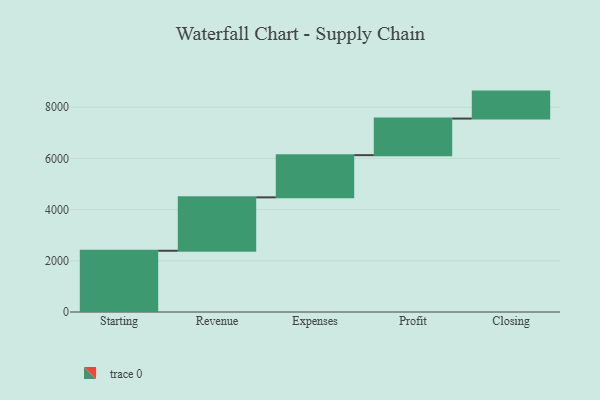
{"axis": {"x": "Step", "y": "Value"}, "legend": [""], "data": [{"x": "Starting", "y": 2393.0, "type": ""}, {"x": "Revenue", "y": 2087.0, "type": ""}, {"x": "Expenses", "y": 1649.0, "type": ""}, {"x": "Profit", "y": 1429.0, "type": ""}, {"x": "Closing", "y": 1054.0, "type": ""}]}